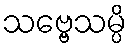
သဗ္ဗေသမ္ပိ